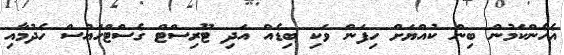
އެހެންކަމުން ބިން ކުއްޔަށް ހިފަން ވަކި ބިޑެއް އަދި ޓޫރިސްޓް ގެސްޓްހައުސް ހެދުމާއި